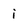
Character: i